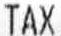
TAX